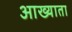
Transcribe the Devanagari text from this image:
आख्याता